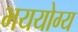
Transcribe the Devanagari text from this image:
भययोग्य